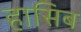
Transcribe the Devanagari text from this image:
हासिब